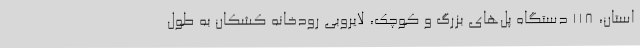
استان، 118 دستگاه پل‌های بزرگ و کوچک، لایروبی رودخانه کشکان به طول